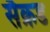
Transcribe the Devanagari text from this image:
सैक्रड